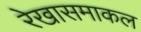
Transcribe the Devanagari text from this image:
रेखासमाकल